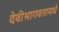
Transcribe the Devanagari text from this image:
देवीभागवतामधे